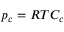
p _ { c } = R T C _ { c }